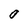
Character: 0